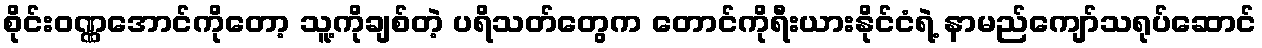
စိုင်းဝဏ္ဏအောင်ကိုတော့ သူ့ကိုချစ်တဲ့ ပရိသတ်တွေက တောင်ကိုရီးယားနိုင်ငံရဲ့ နာမည်ကျော်သရုပ်ဆောင်